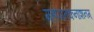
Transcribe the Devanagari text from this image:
महापातकनाशनम्‌